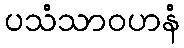
ပသံသာဝဟနံ